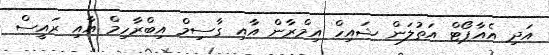
އަދި އެއާޕޯޓް އަތުލަން ޝައިހް އިމްރާން އާއި ގާސިމް އިބްރާހިމް އާއި ރައީސް